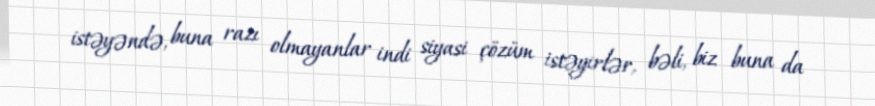
istəyəndə, buna razı olmayanlar indi siyasi çözüm istəyirlər, bəli, biz buna da